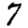
Digit: 7